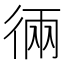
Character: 𱝰